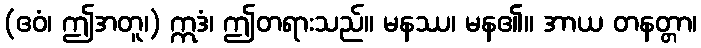
(ဧဝံ၊ ဤအတူ၊) ဣဒံ၊ ဤတရားသည်။ မနဿ၊ မန၏။ အာယ တနတ္တာ၊